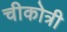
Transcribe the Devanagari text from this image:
चीकोत्री